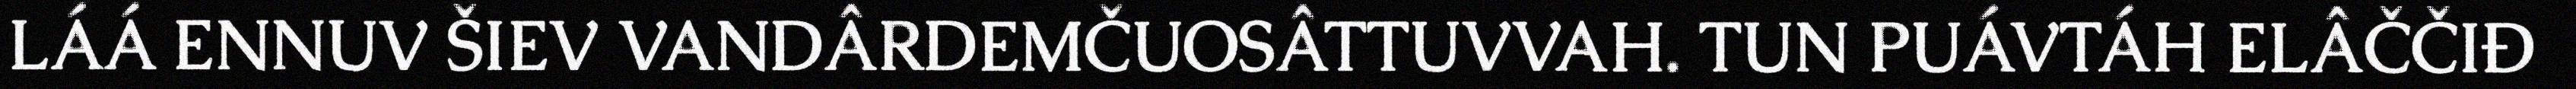
LÁÁ ENNUV ŠIEV VANDÂRDEMČUOSÂTTUVVAH. TUN PUÁVTÁH ELÂČČIĐ